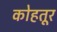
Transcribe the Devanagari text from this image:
कोहतूर